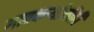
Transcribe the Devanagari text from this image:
गावकऱ्यांनीही